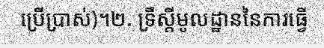
ប្រើប្រាស់)។២. ទ្រឹស្តីមូលដ្ឋាននៃការធ្វើ